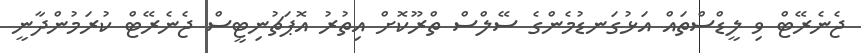
ޖެނެރޭޓް ވި ލީޑްސްތައް އަޅުގަނޑުމެންގެ ސޭލްސް ތްރޫކޮށް އިތުރު އޮޕަޗުނިޓީސް ޖެނެރޭޓް ކުރަމުންދާނީ